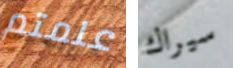
علمتم سيراك